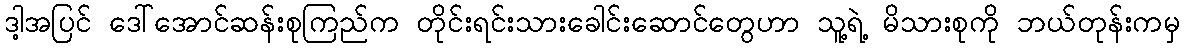
ဒါ့အပြင် ဒေါ်အောင်ဆန်းစုကြည်က တိုင်းရင်းသားခေါင်းဆောင်တွေဟာ သူ့ရဲ့ မိသားစုကို ဘယ်တုန်းကမှ